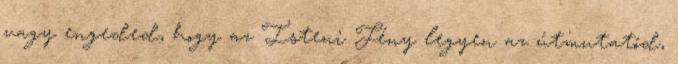
vagy engeded, hogy az Isteni Fény legyen az útmutatód,